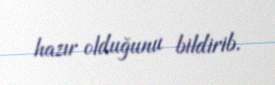
hazır olduğunu bildirib.